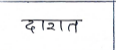
मजकूर: दारात